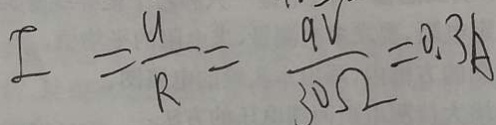
I = \frac { U } { R } = \frac { 9 V } { 3 0 \Omega } = 0 . 3 A